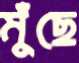
মুঁছে